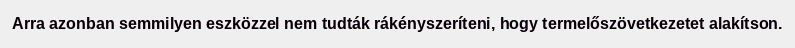
Arra azonban semmilyen eszközzel nem tudták rákényszeríteni, hogy termelőszövetkezetet alakítson.